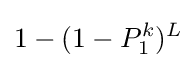
1-(1-P_{1}^{k})^{L}